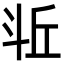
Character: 𪯫